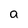
Character: a